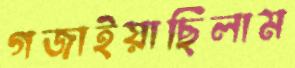
গজাইয়াছিলাম